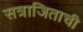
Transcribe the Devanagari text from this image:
सत्राजिताची